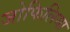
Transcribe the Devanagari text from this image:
जोफिलिया